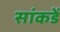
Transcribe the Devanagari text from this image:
सांकडें